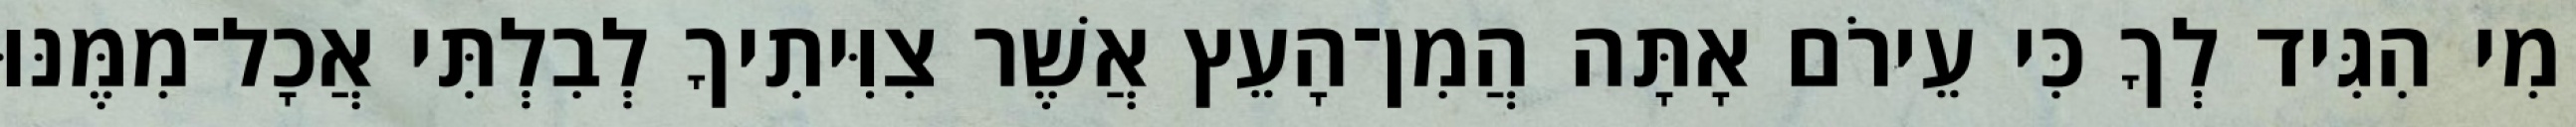
מִי הִגִּיד לְךָ כִּי עֵירֹם אָתָּה הֲמִן־הָעֵץ אֲשֶׁר צִוִּיתִיךָ לְבִלְתִּי אֲכָל־מִמֶּנּוּ